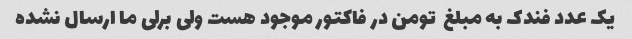
یک عدد فندک به مبلغ  تومن در فاکتور موجود هست ولی برلی ما ارسال نشده